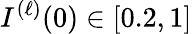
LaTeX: I^{(\ell)}(0)\in[0.2,1]